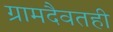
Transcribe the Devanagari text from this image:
ग्रामदैवतही